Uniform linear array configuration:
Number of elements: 32
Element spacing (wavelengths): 0.25
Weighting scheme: binomial
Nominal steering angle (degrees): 45
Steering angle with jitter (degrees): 44.523
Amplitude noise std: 0.05
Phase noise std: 0.05

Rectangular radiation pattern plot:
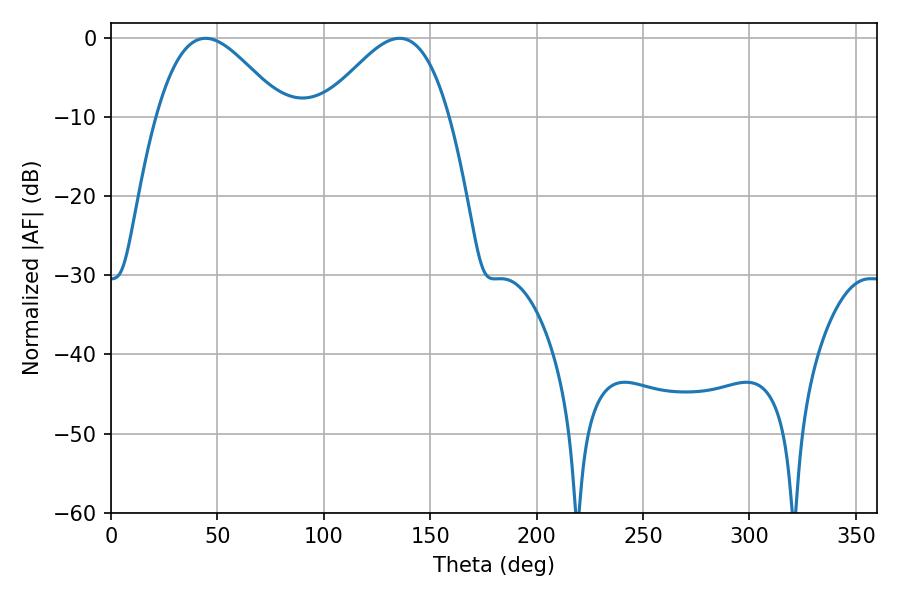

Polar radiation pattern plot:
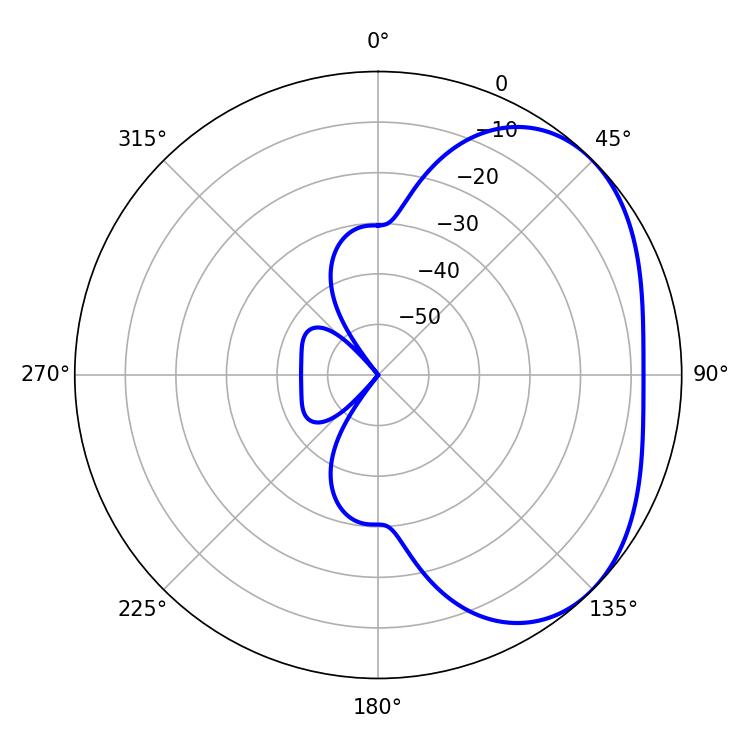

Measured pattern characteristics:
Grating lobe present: FALSE
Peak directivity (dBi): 3.311
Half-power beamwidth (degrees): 31.86
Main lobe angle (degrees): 44.46